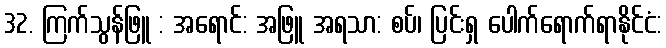
32. ကြက်သွန်ဖြူ : အရောင်: အဖြူ အရသာ: စပ်၊ ပြင်းရှ ပေါက်ရောက်ရာနိုင်ငံ: